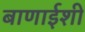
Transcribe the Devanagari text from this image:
बाणाईशी